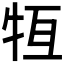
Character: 𤙆